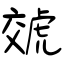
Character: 虠